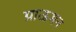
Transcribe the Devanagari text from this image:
ग्राऊमन